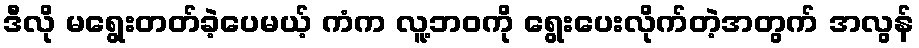
ဒီလို မရွေးတတ်ခဲ့ပေမယ့် ကံက လူ့ဘဝကို ရွေးပေးလိုက်တဲ့အတွက် အလွန်